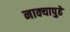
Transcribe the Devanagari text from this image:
नाक्‍यापुढे